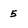
Character: 5